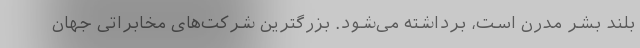
بلند بشر مدرن است، برداشته می‌شود. بزرگترین شرکت‌های مخابراتی جهان